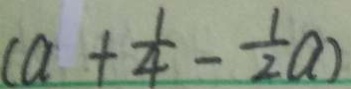
( a + \frac { 1 } { 4 } - \frac { 1 } { 2 } a )